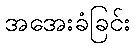
အအေးခံခြင်း